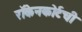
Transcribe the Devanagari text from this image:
रॉकेनकोर्टची